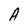
Character: A